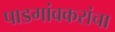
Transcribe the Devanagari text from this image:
पाडगांवकरांचा